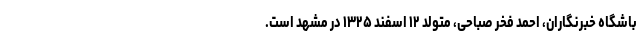
باشگاه خبرنگاران، احمد فخر صباحی، متولد ۱۲ اسفند ۱۳۲۵ در مشهد است.